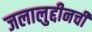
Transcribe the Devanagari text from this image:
जलालुद्दीनची